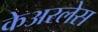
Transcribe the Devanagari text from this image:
केअरलेस